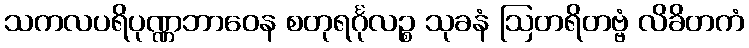
သကလပရိပုဏ္ဏဘာဝေန စတုရင်္ဂုလဉ္စ သုခနံ ဩတရိတဗ္ဗံ လိခိတကံ